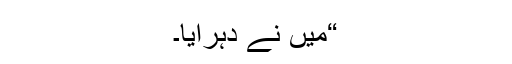
“میں نے دہرایا۔